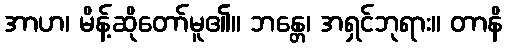
အာဟ၊ မိန့်ဆိုတော်မူ၏။ ဘန္တေ၊ အရှင်ဘုရား။ တာနိ